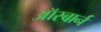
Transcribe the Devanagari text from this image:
ऑस्बार्न